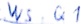
Text: WS.Q1